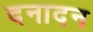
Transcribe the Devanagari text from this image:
दनादन